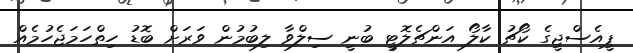
ޕީއެސްޖީގެ ކޯޗު ކާލޯ އަންޗެލޮޓީ ބުނީ ސިލްވާ ލިބުމުން ވަރަށް ބޮޑު ހިތްހަމަޖެހުމެއް